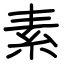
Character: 素